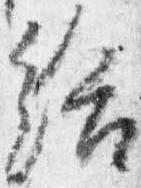
給